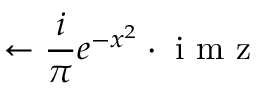
\leftarrow \frac { i } { \pi } e ^ { - x ^ { 2 } } \cdot \mathrm { ~ i ~ m ~ z ~ }